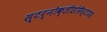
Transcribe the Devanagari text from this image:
स्टर्नोक्लीडोमैस्टायड